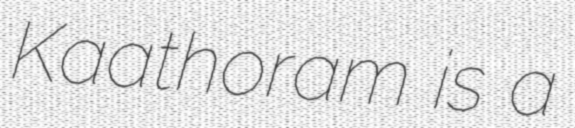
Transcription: Kaathoram is a